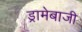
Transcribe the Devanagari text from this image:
ड्रामेबाजी